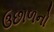
ઉછાળનો